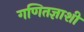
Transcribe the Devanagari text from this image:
गणितज्ञाशी